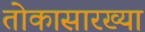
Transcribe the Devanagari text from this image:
तोकासारख्या